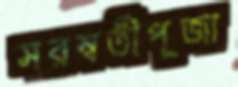
সরস্বতীপূজা